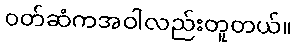
၀တ်ဆံကအဝါလည်းတူတယ်။